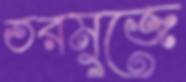
তরমুজে